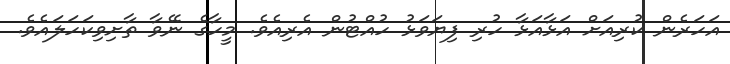
އަހަރެން ކުރިއަށް އަޅާއަޅާ ހުރި ފިޔަވަޅު ހުއްޓުން އެރިއެވެ. މީހާގެ ނޭވާ ތާށިވިކަހަލައެވެ.